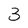
Character: 3